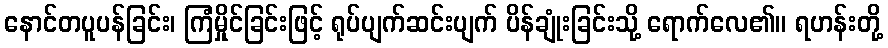
နောင်တပူပန်ခြင်း၊ ကြံမှိုင်ခြင်းဖြင့် ရုပ်ပျက်ဆင်းပျက် ပိန်ချုံးခြင်းသို့ ရောက်လေ၏။ ရဟန်းတို့